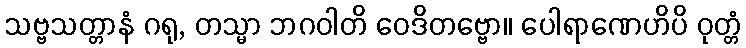
သဗ္ဗသတ္တာနံ ဂရု, တသ္မာ ဘဂဝါတိ ဝေဒိတဗ္ဗော။ ပေါရာဏေဟိပိ ဝုတ္တံ